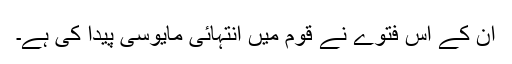
ان کے اس فتوے نے قوم میں انتہائی مایوسی پیدا کی ہے۔